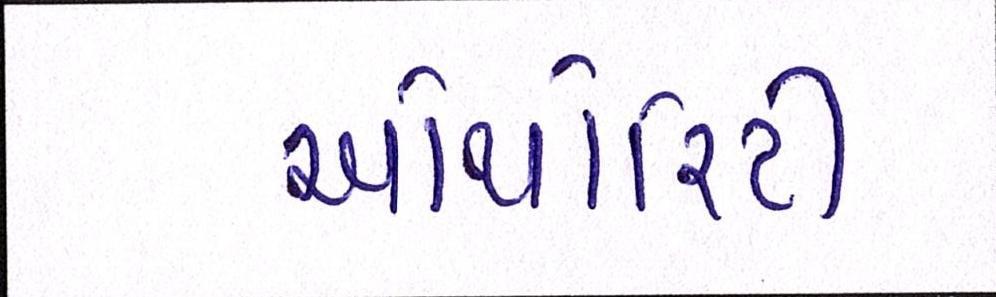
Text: ઓથોરિટી